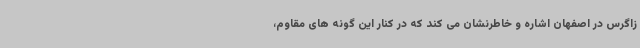
زاگرس در اصفهان اشاره و خاطرنشان می کند که در کنار این گونه های مقاوم،